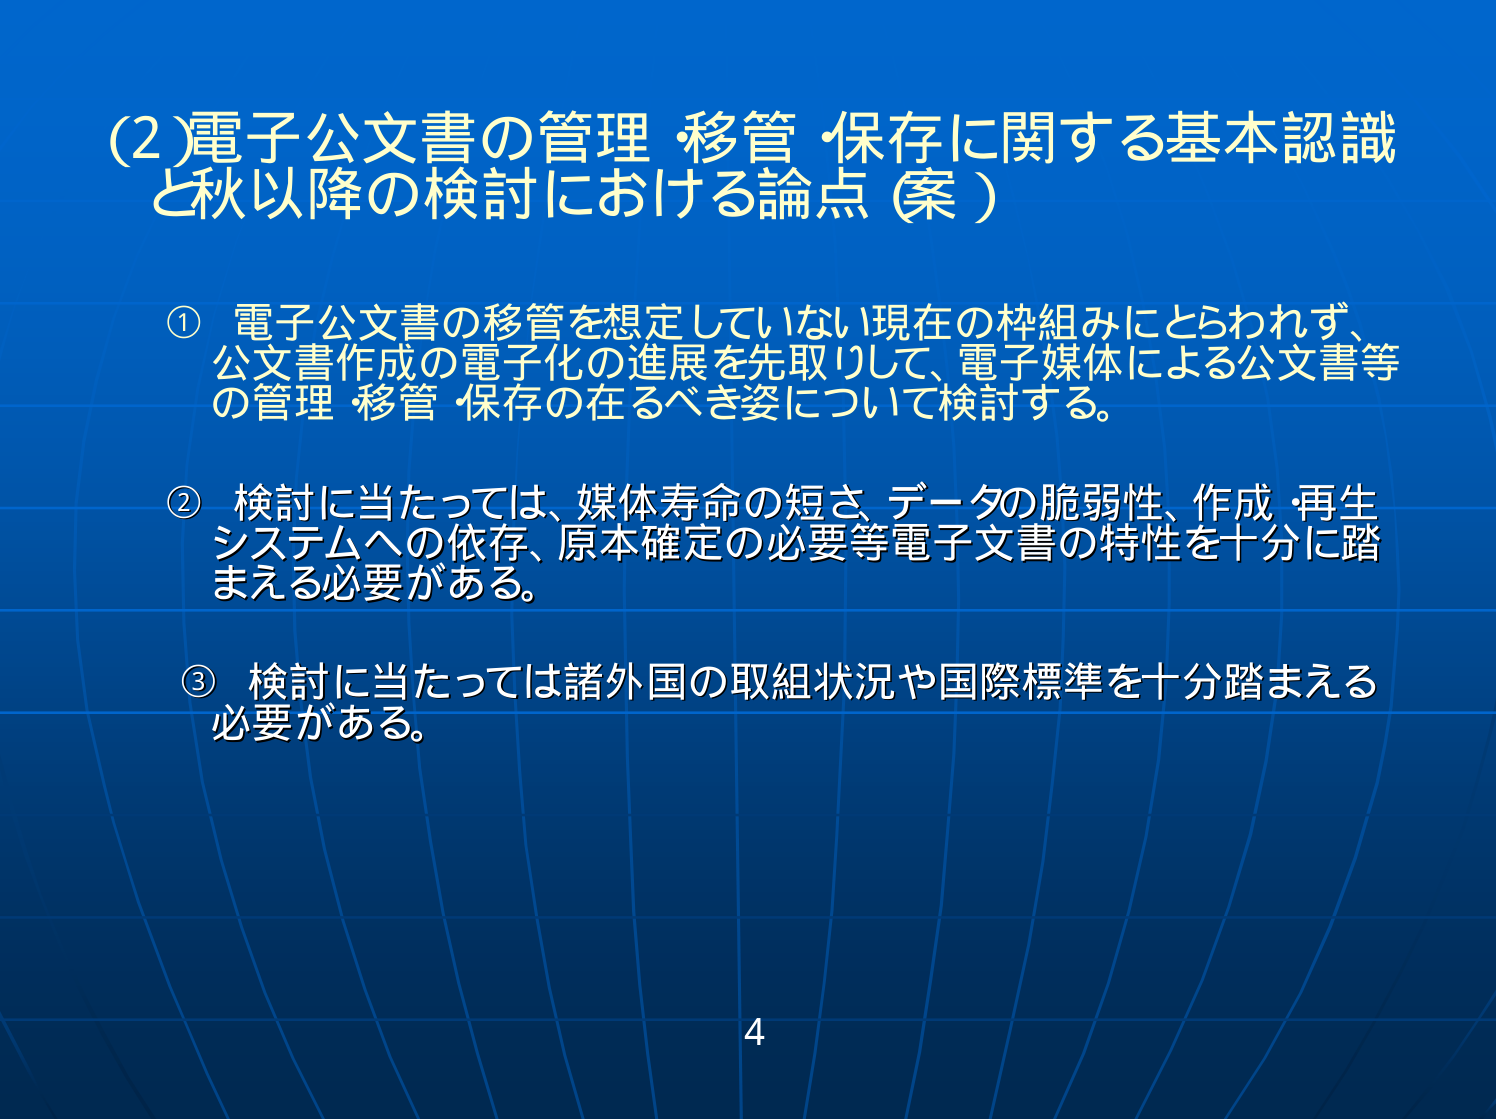
(2)電子公文書の管理・移管・保存に関する基本認識
と秋以降の検討における論点（案）

① 電子公文書の移管を想定していない現在の枠組みにとらわれず、
公文書作成の電子化の進展を先取りして、電子媒体による公文書等
の管理・移管・保存の在るべき姿について検討する。

② 検討に当たっては、媒体寿命の短さ、データの脆弱性、作成・再生
システムへの依存、原本確定の必要等電子文書の特性を十分に踏
まえる必要がある。

③ 検討に当たっては諸外国の取組状況や国際標準を十分踏まえる
必要がある。

4